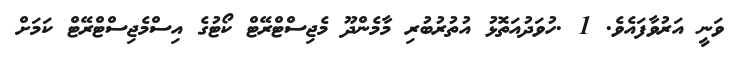
ވަނީ އަރުވާފައެވެ. 1 .ހުވަދުއަތޮޅު އުތުރުބުރި މާމެންދޫ މެޖިސްޓްރޭޓް ކޯޓުގެ އިސްމެޖިސްޓްރޭޓް ކަމަށް